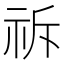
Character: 𮁪